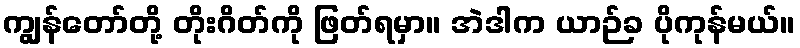
ကျွန်တော်တို့ တိုးဂိတ်ကို ဖြတ်ရမှာ။ အဲဒါက ယာဉ်ခ ပိုကုန်မယ်။